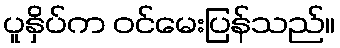
ပူနှိပ်က ဝင်မေးပြန်သည်။